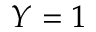
Y = 1